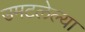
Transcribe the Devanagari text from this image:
उमटलेल्या